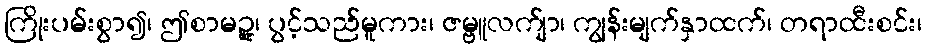
ကြိုးပမ်းစွာ၍၊ ဤစာမဉ္ဇူ၊ ပွင့်သည်မူကား၊ ဇမ္ဗူလက်ျာ၊ ကျွန်းမျက်နှာထက်၊ တရာထီးစင်း၊